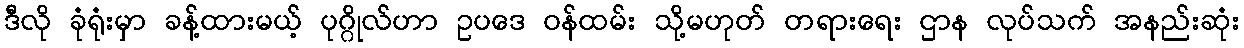
ဒီလို ခုံရုံးမှာ ခန့်ထားမယ့် ပုဂ္ဂိုလ်ဟာ ဥပဒေ ဝန်ထမ်း သို့မဟုတ် တရားရေး ဌာန လုပ်သက် အနည်းဆုံး